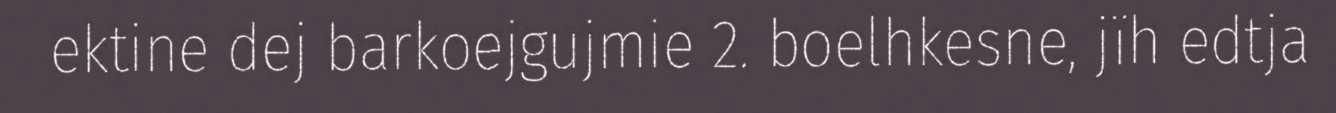
ektine dej barkoejgujmie 2. boelhkesne, jïh edtja